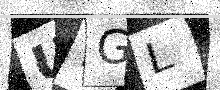
Text: UWGL